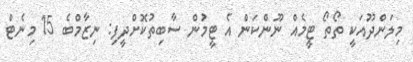
މިލަންދޫއަކީ ތޯތޯ ޓީމެއް ނޫންކަން އެ ޓީމުން ސާބިތުކޮށްދީފި: ނިޒާމްބެ 15 މިނެޓް